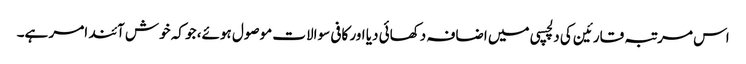
اس مرتبہ قارئین کی دلچسپی میں اضافہ دکھائی دیا اور کافی سوالات موصول ہوئے، جو کہ خوش آئند امر ہے۔